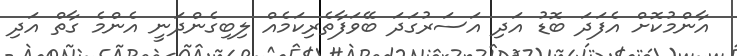
އާންމުކޮށް އެފަދަ ބޮޑު އަދި އަސަރުގަދަ ބޭވަފާތެރިކަމެއް ލިބިގެންދަނީ އެންމެ ގާތް އަދި